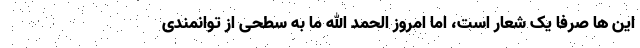
این ها صرفا یک شعار است، اما امروز الحمد الله ما به سطحی از توانمندی